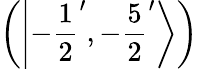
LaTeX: \left(\left|-{\frac{1}{2}}^{\prime},-{\frac{5}{2}}^{\prime}\right\rangle\right)